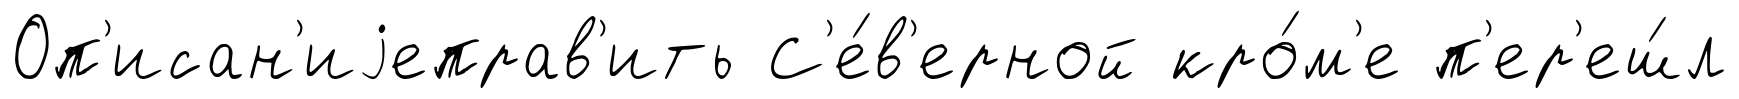
Оп'исан'иjеправ'ить С'е́в'ерной кро́м'е п'ер'еш́л